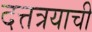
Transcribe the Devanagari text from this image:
दत्तत्रयाची